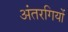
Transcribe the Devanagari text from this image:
अंतरगियों